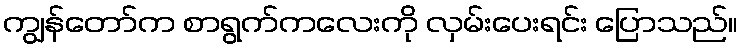
ကျွန်တော်က စာရွက်ကလေးကို လှမ်းပေးရင်း ပြောသည်။